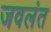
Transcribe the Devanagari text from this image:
जवलंत